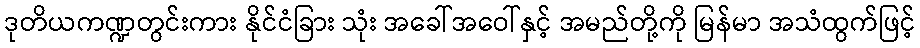
ဒုတိယကဏ္ဍတွင်းကား နိုင်ငံခြား သုံး အခေါ်အဝေါ်နှင့် အမည်တို့ကို မြန်မာ အသံထွက်ဖြင့်